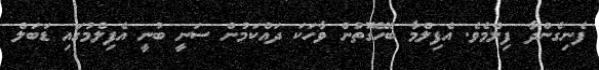
ފެނިގެންދާ ފިލްމެވެ. އެފިލްމާ ބެހޭގޮތުން ވާހަކަ ދައްކަމުން ސަނީ ބުނީ އެފިލްމުގައި ޑަބަލް